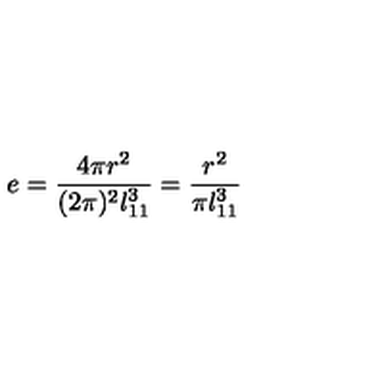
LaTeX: e = \frac { 4 \pi r ^ { 2 } } { ( 2 \pi ) ^ { 2 } l _ { 1 1 } ^ { 3 } } = \frac { r ^ { 2 } } { \pi l _ { 1 1 } ^ { 3 } }